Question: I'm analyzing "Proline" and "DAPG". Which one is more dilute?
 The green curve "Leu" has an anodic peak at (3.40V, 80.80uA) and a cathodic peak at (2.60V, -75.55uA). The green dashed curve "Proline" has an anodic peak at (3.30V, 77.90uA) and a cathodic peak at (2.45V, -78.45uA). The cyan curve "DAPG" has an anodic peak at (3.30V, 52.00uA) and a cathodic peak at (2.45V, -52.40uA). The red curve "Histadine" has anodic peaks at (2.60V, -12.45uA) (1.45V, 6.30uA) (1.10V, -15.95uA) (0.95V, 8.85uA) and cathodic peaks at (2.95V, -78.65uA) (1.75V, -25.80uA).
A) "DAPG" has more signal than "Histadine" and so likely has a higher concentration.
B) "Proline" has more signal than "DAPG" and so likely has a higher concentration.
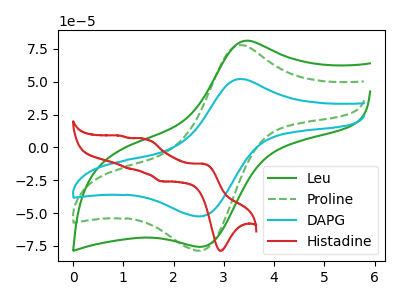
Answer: <think>All the peaks in "Proline" have a peak in "DAPG" at the same potential. Every peak in "Proline" is higher than every peak in "DAPG".
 </think>
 <answer>B) "Proline" has more signal than "DAPG" and so likely has a higher concentration.</answer>
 <eval>B</eval>